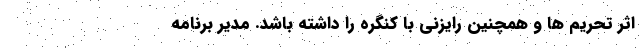
اثر تحریم ها و همچنین رایزنی با کنگره را داشته باشد. مدیر برنامه